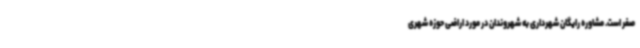
صفر است. مشاوره رایگان شهرداری به شهروندان در مورد اراضی حوزه شهری